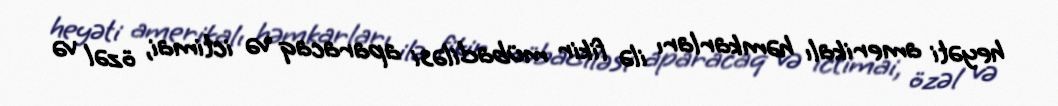
heyəti amerikalı həmkarları ilə fikir mübadiləsi aparacaq və ictimai, özəl və